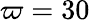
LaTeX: \varpi=30